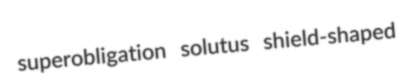
superobligation solutus shield-shaped